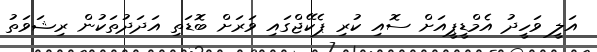
އަލީ ވަހީދު އެމްޑީޕީއަށް ސޮއި ކުރި ޕެކޭޖްގައި ވަރަށް ބޮޑަތި އަދަދުތަކުން ރިޝަވަތު